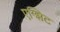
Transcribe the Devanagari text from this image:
एग्झिट